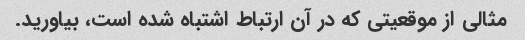
مثالی از موقعیتی که در آن ارتباط اشتباه شده است، بیاورید.